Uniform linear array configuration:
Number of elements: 64
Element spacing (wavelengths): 1
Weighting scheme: uniform
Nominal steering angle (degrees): -60
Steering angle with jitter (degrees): -61.963
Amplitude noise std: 0.05
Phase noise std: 0.05

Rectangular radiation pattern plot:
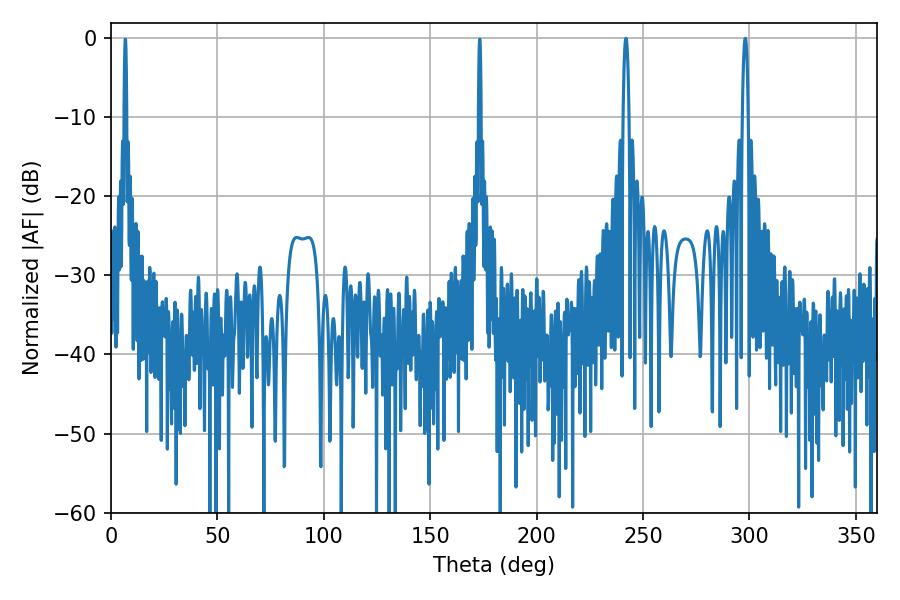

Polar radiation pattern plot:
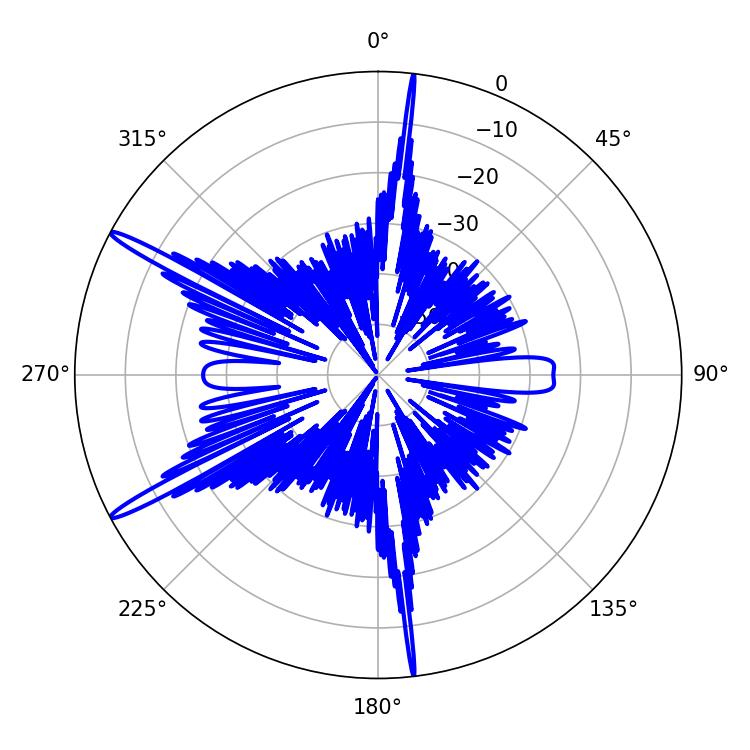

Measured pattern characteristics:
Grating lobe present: TRUE
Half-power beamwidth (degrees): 1.44
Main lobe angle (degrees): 241.92